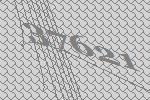
37621